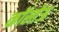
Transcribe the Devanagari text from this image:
कॉस्तेऊ